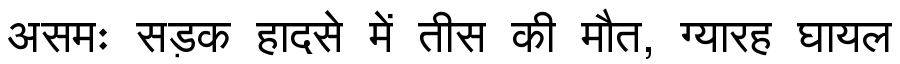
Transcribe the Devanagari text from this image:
असमः सड़क हादसे में तीस की मौत, ग्यारह घायल